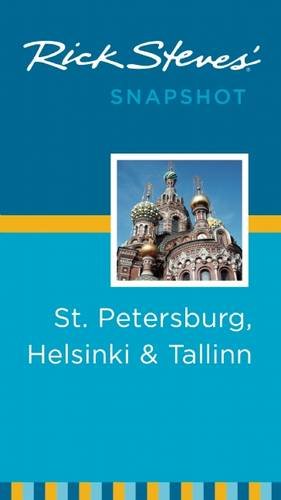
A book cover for Rick Steves' Snapshot St. Petersburg, Helsinki & Tallinn; Rick Steves; History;